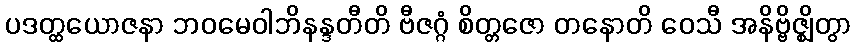
ပဒတ္ထယောဇနာ ဘဝမေဝါဘိနန္ဒတီတိ ဗီဇဂ္ဂံ စိတ္တဇော တနောတိ ဝေသီ အနိဗ္ဗိဇ္ဈိတွာ